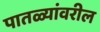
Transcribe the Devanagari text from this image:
पातळ्यांवरील